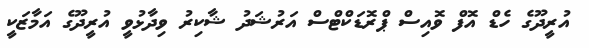
އުރީދޫގެ ހެޑް އޮފް ވޮއިސް ޕްރޮޑަކްޓްސް އަރުޝަދު ޝާކިރު ވިދާޅުވީ އުރީދޫގެ އަމާޒަކީ